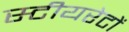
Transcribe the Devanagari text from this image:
स्टीयरेटों